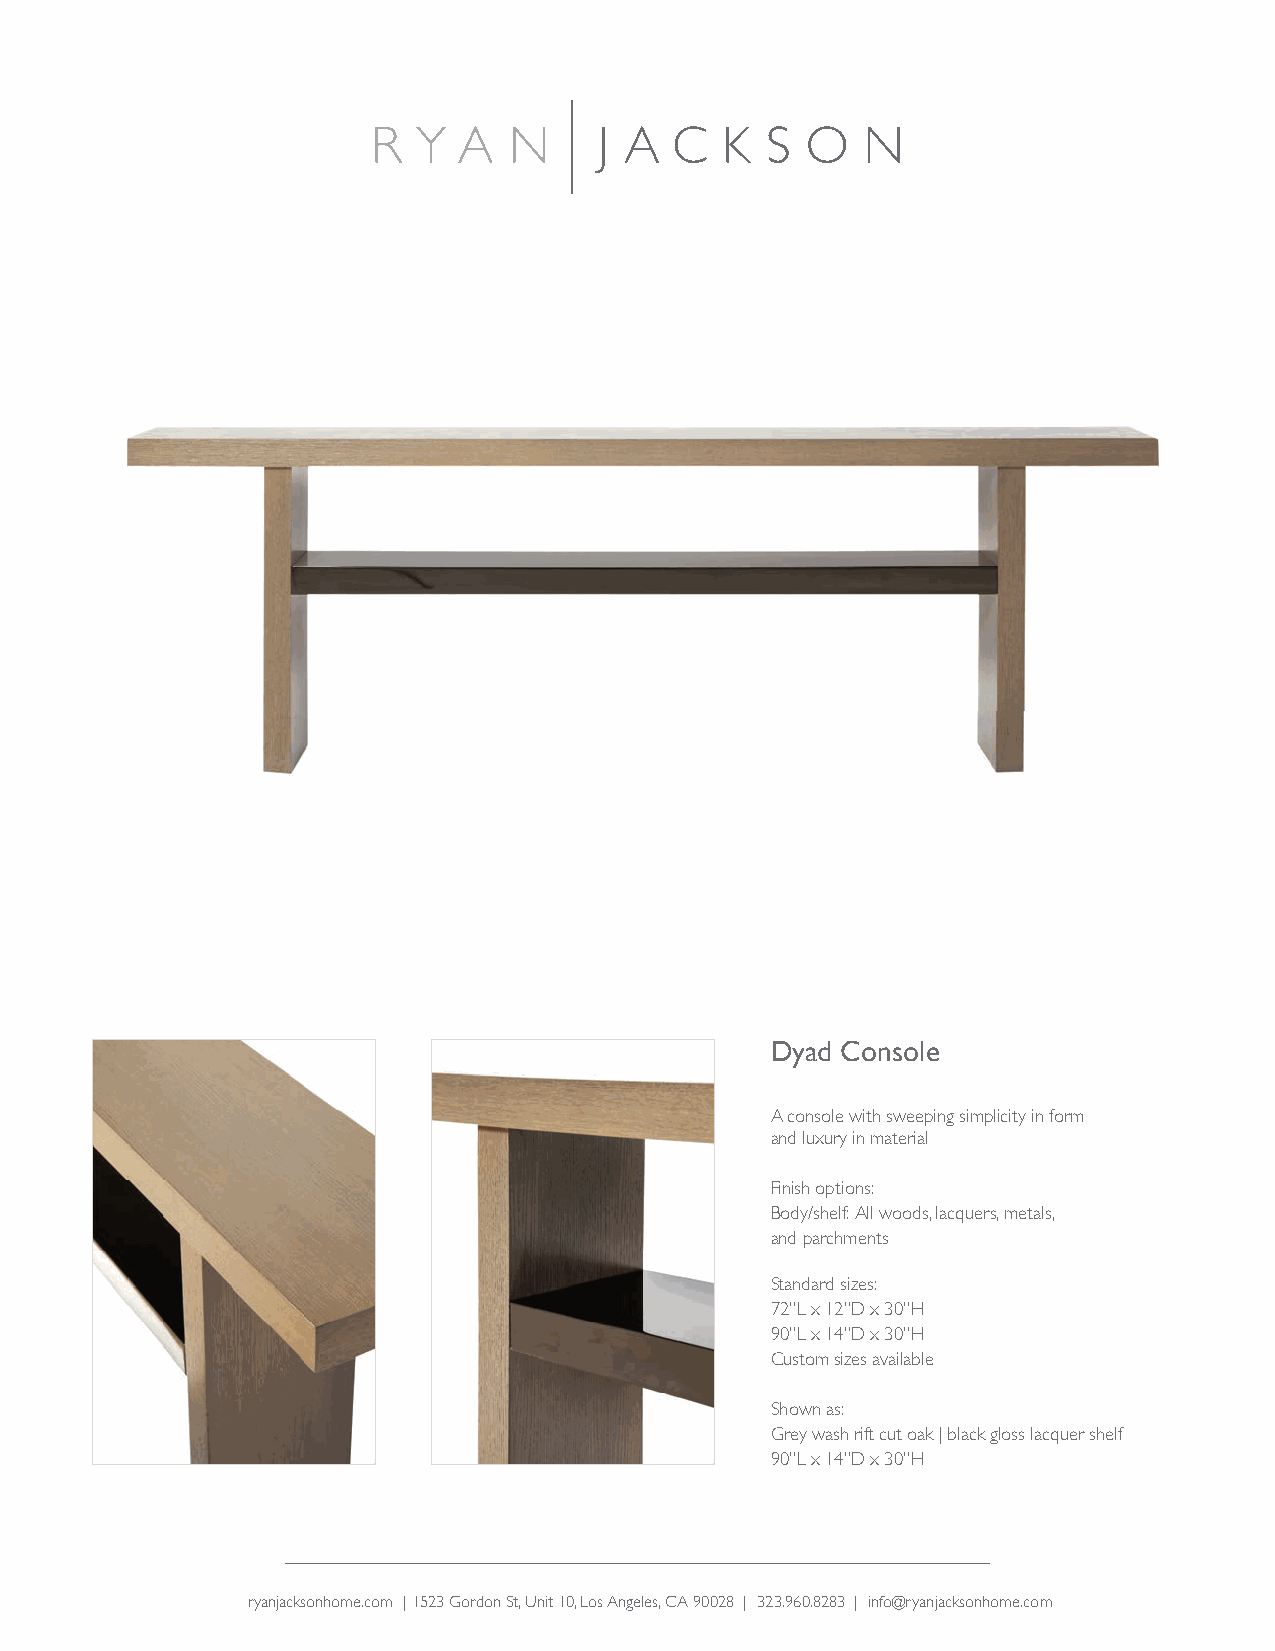
R  Y A   N     J A C   K  S O   N
 Dyad Console
 A console with sweeping simplicity in form
 and luxury in material
 Finish options:
 Body/shelf: All woods, lacquers, metals,
 and parchments
 Standard sizes:
 72”L x 12”D x 30”H
 90”L x 14”D x 30”H
 Custom sizes available
 Shown as:
 Grey wash rift cut oak | black gloss lacquer shelf
 90”L x 14”D x 30”H
 ryanjacksonhome.com | 1523 Gordon St, Unit 10, Los Angeles, CA 90028 | 323.960.8283 | info@ryanjacksonhome.com